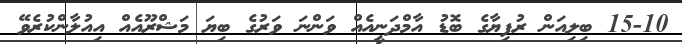
15-10 ބިލިއަން ރުފިޔާގެ ބޮޑު އާމްދަނީއެއް ވަންނަ ވަރުގެ ބިޔަ މަޝްރޫއެއް އިއުލާންކުރެވޭ